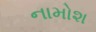
નામોશ